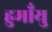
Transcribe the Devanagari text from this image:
हुमाँयु